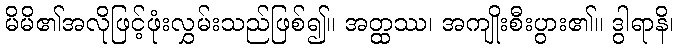
မိမိ၏အလိုဖြင့်ဖုံးလွှမ်းသည်ဖြစ်၍။ အတ္ထဿ၊ အကျိုးစီးပွား၏။ ဒွါရာနိ၊